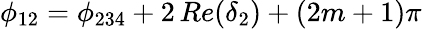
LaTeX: \phi_{12}=\phi_{234}+2\, Re(\delta_{2})+(2m+1)\pi